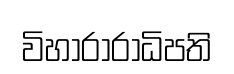
විහාරාරාධිපති